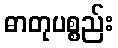
ဓာတုပစ္စည်း